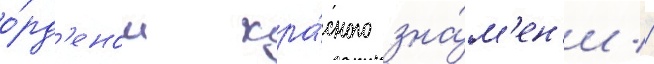
о́рд'еном кра́сного зна́м'ен'и //